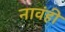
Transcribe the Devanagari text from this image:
नावंही